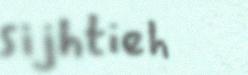
sijhtieh